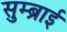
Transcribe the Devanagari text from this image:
सुम्ब्राई